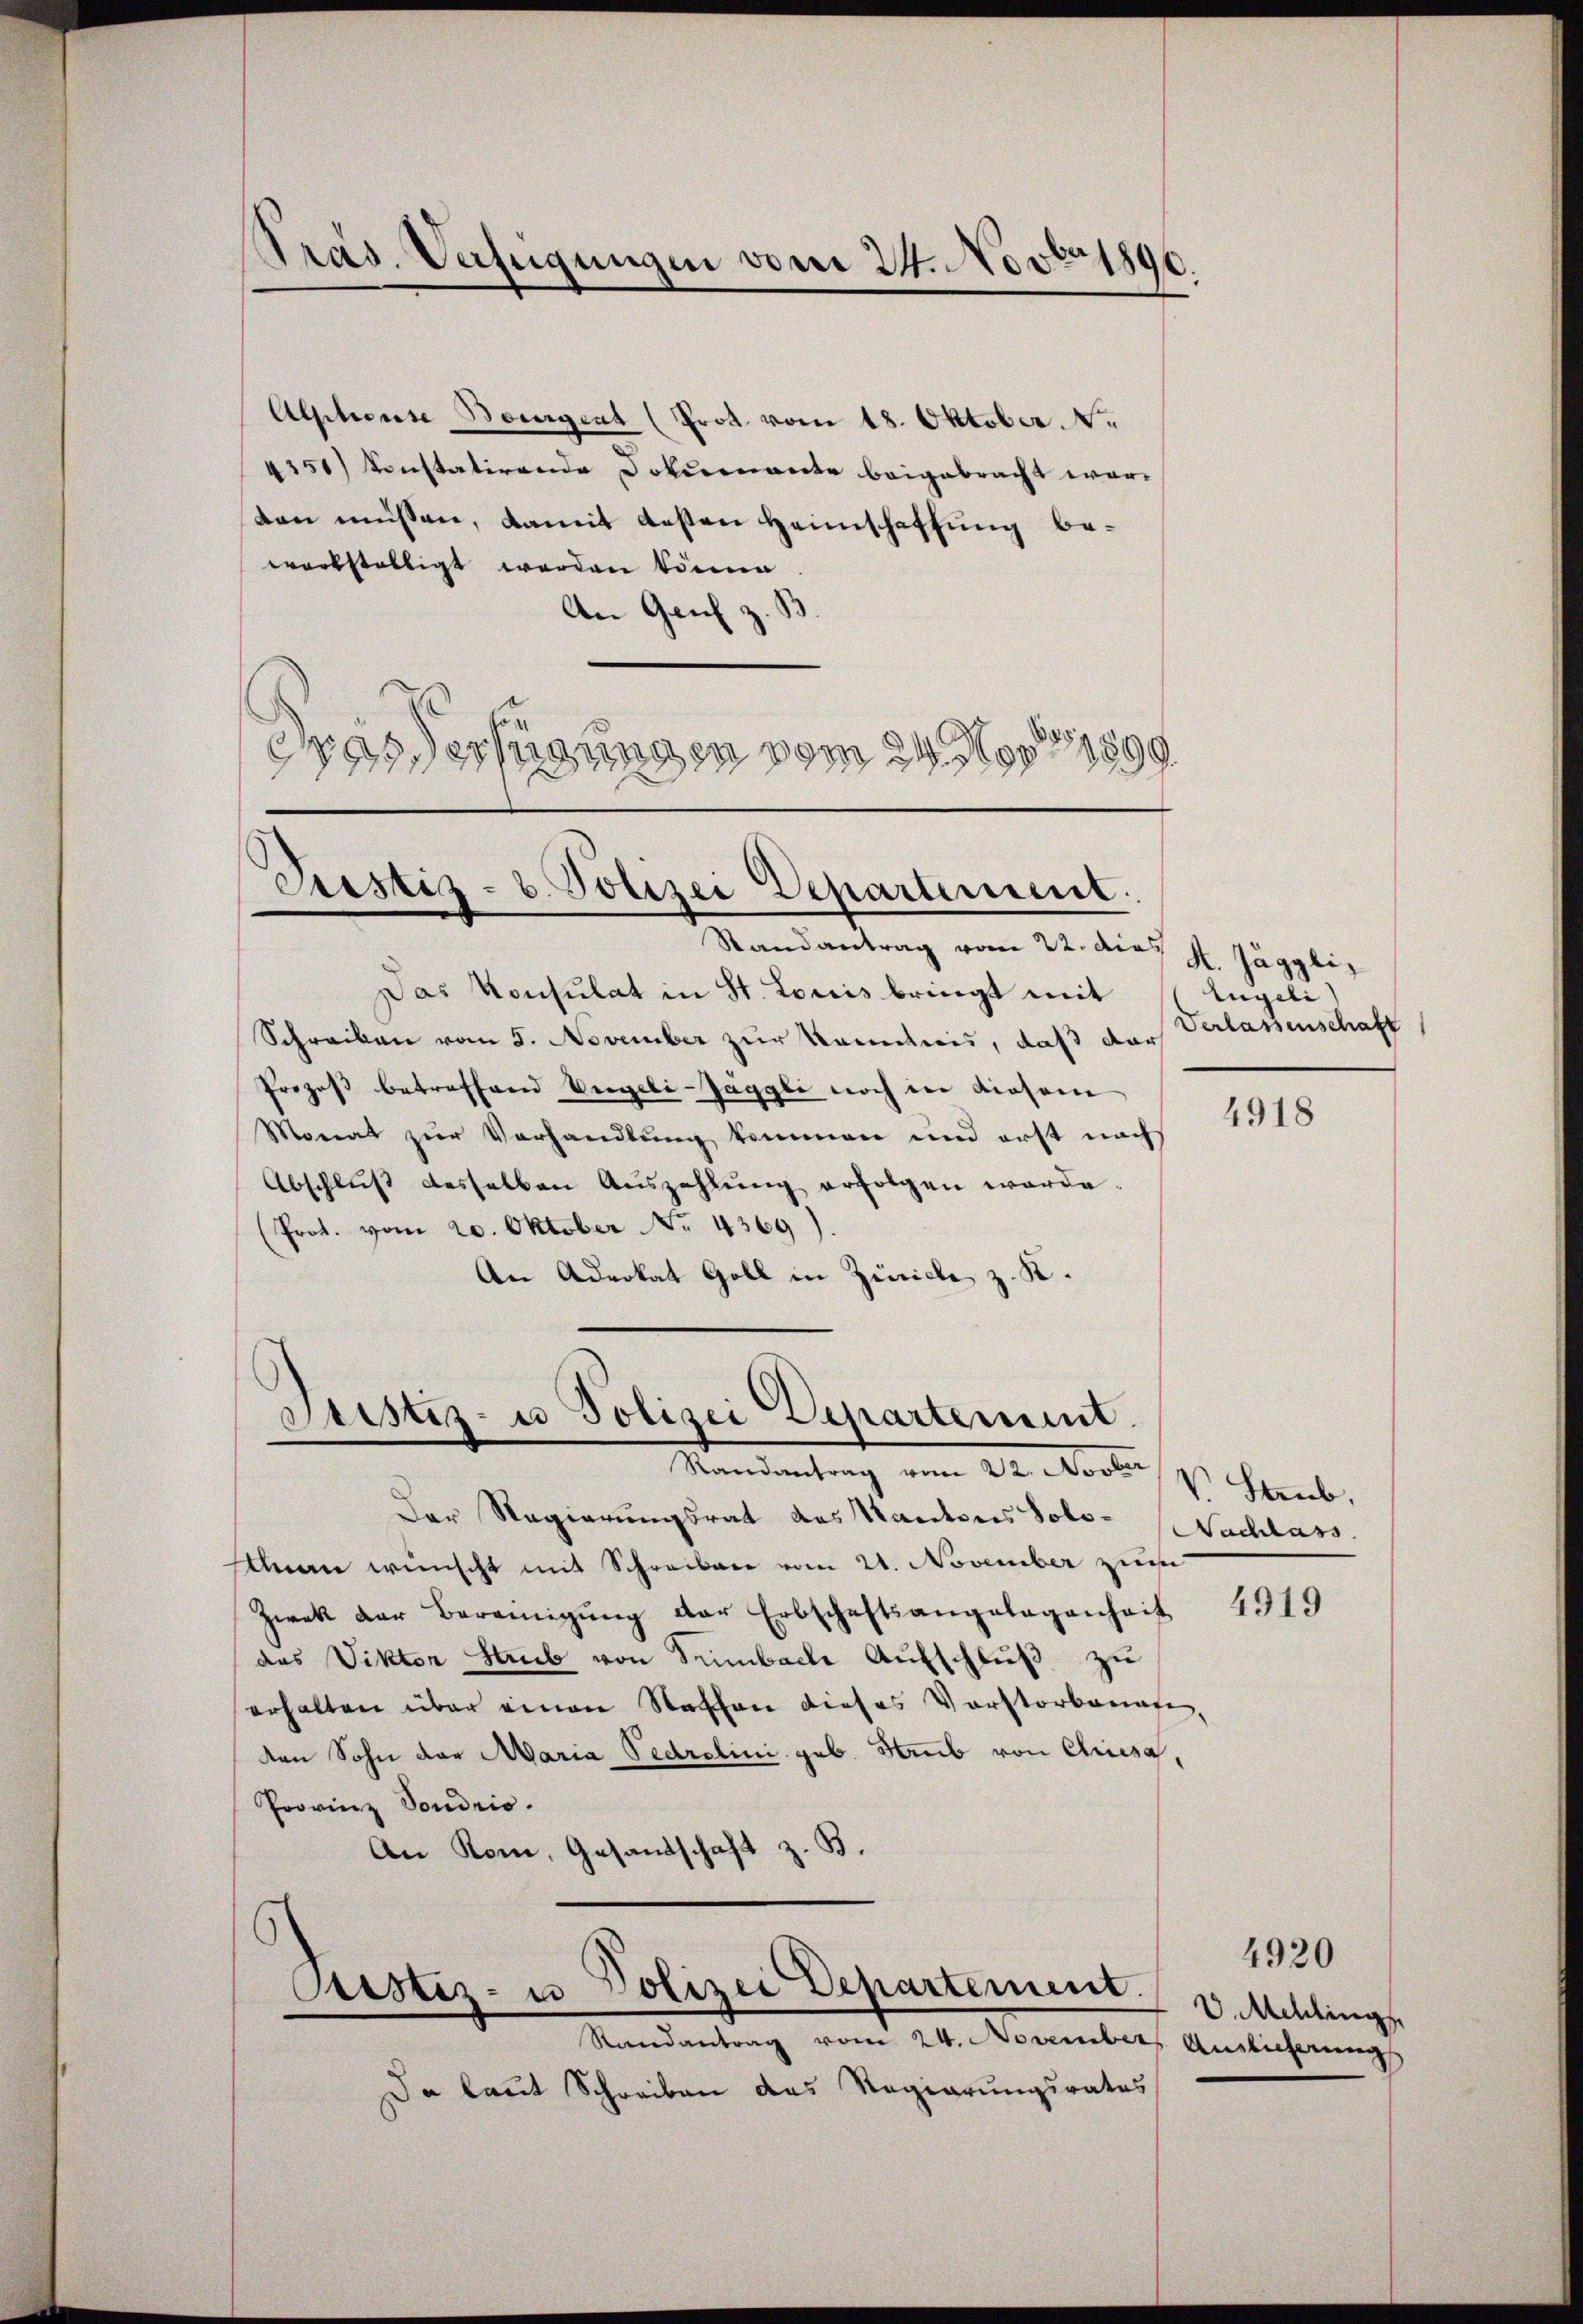
Präs. Verfügungen vom 24. Novbr 1890.

Alphorise Borigent (Prot. vom 18. Oktober.  .
4351) Konstatirende Dokurante beigebracht worten müssen, damit desten Heimschaffung beworkställigt worden könne
An Genf z. B
drasterfügungen vom 24. Nov. 19899.

Justiz- u. Polizei Departement.
Randantrag vom 22. die H. Jägglin

Justiz- u Polizei Departement.
Randantrag vom 22. Novbr

Das Konsulat in St. Louis bringt mit
Schreiben vom 8. November zur Kenntnis, daß dar
Prozeß betreffend Vergebi-Jäggli noch in diesem
Monat zur Vorhandlung kommen und erst nach
Abschlŭβ desselben Aŭszahlŭng erfolgen werde.
(Prot. vom 20. Oktober No. 4369).
An Advokat Goll in Zürich z. K.

Der Regierungsrat des Kantons Sols-Nachlass
han wünscht mit Schreiben vom 21. November zu
Zwek der Bereinigŭng der Erbschaftsangelegenheit 4319
das Viktor Streib von Trimbache Aŭfschlŭβ zŭ
erhalten über einen Naschen dieses Vorstorbenafe,
den Sohn der Maria Fedretini geb. Staub von Curiesa,
Provinz Sondrio.
An Rom, Gesandschaft z. B.

Da laut Schreiben das Regierungsrates

Pustiz- u Polizei Departement.
Randantrag vom 24. November Auslieferungs

Engeli
Verlassenschaft

4918

V. Staub,

V. Mellings

4920